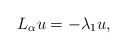
\begin{align*}L_{\alpha }u=-\lambda _{1}u, \end{align*}